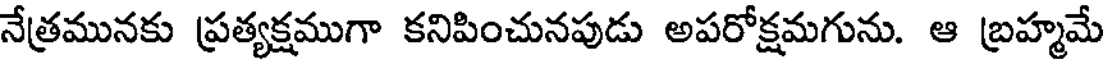
నేత్రమునకు ప్రత్యక్షముగా కనిపించునపుడు అపరోక్షమగును. ఆ బ్రహ్మమే